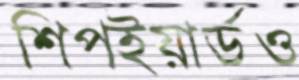
শিপইয়ার্ডও